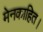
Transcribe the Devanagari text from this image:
मेनकाहित।